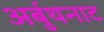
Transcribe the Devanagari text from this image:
अर्बुथनाट